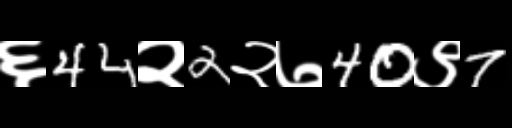
Text: ६44२2२७40९7